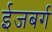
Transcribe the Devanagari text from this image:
ईजबर्ग